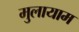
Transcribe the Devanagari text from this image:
मुलायाम